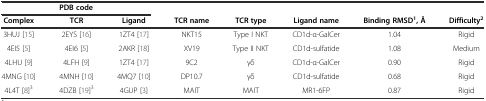
<table><thead><tr><td colspan="3"><b>PDB code</b></td><td></td><td></td><td></td><td></td><td></td></tr><tr><td><b>Complex</b></td><td><b>TCR</b></td><td><b>Ligand</b></td><td><b>TCR name</b></td><td><b>TCR type</b></td><td><b>Ligand name</b></td><td><b>Binding RMSD<sup>1</sup>, Å</b></td><td><b>Difficulty<sup>2</sup></b></td></tr></thead><tbody><tr><td>3HUJ [15]</td><td>2EYS [16]</td><td>1ZT4 [17]</td><td>NKT15</td><td>Type I NKT</td><td>CD1d-α-GalCer</td><td>1.04</td><td>Rigid</td></tr><tr><td>4EI5 [5]</td><td>4EI6 [5]</td><td>2AKR [18]</td><td>XV19</td><td>Type II NKT</td><td>CD1d-sulfatide</td><td>1.08</td><td>Medium</td></tr><tr><td>4LHU [9]</td><td>4LFH [9]</td><td>1ZT4 [17]</td><td>9C2</td><td>γδ</td><td>CD1d-α-GalCer</td><td>0.90</td><td>Rigid</td></tr><tr><td>4MNG [10]</td><td>4MNH [10]</td><td>4MQ7 [10]</td><td>DP10.7</td><td>γδ</td><td>CD1d-sulfatide</td><td>0.68</td><td>Rigid</td></tr><tr><td>4L4T [8]<sup>3</sup></td><td>4DZB [19]<sup>3</sup></td><td>4GUP [3]</td><td>MAIT</td><td>MAIT</td><td>MR1-6FP</td><td>0.87</td><td>Rigid</td></tr></tbody></table>